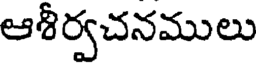
ఆశీర్వచనములు